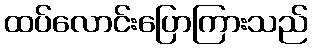
ထပ်လောင်းပြောကြားသည်